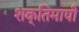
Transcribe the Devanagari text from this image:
शक्तिमापी